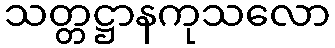
သတ္တဋ္ဌာနကုသလော